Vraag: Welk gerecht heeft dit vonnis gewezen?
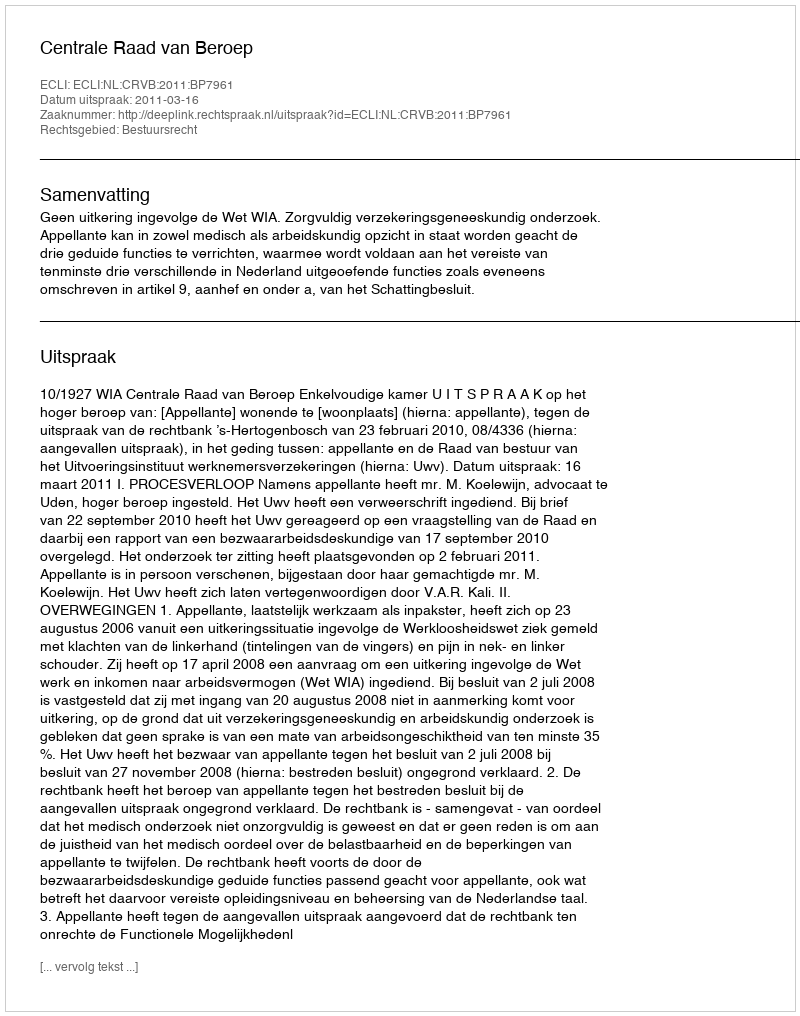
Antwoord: Centrale Raad van Beroep